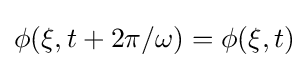
\phi (\mathbf {\xi } ,t+2\pi /\omega )=\phi (\mathbf {\xi } ,t)